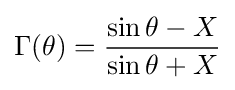
\Gamma (\theta )={\frac {\sin \theta -X}{\sin \theta +X}}